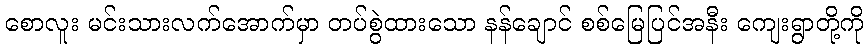
စောလူး မင်းသားလက်အောက်မှာ တပ်စွဲထားသော နန်ချောင် စစ်မြေပြင်အနီး ကျေးရွာတို့ကို